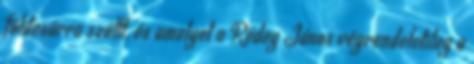
földesúrra szállt, és amelyet a Rédey János végrendeletileg a